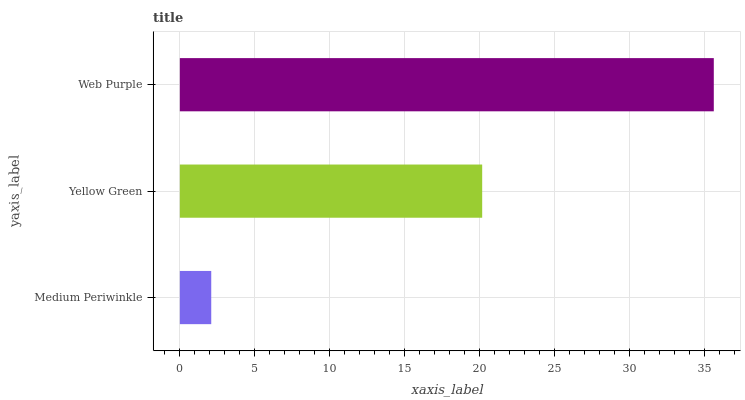
| yaxis_label | bars |
 | --- | --- |
 | Medium Periwinkle | 2.09 |
 | Yellow Green | 20.2 |
 | Web Purple | 35.6 |